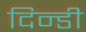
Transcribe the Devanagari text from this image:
दिन्डी